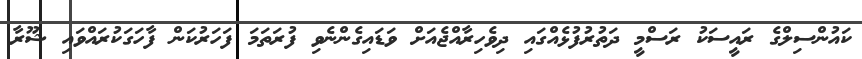
ކައުންސިލްގެ ރައީސަކު ރަސްމީ ދަތުރުފުޅެއްގައި ދިވެހިރާއްޖެއަށް ވަޑައިގެންނެވި ފުރަތަމަ ފަހަރުކަން ފާހަގަކުރައްވައި ޝޫރާ